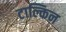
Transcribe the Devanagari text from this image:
टाल्किन